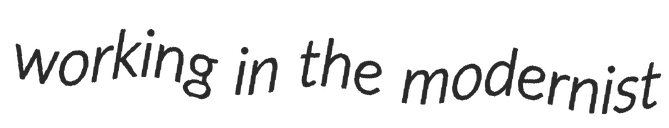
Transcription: working in the modernist